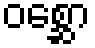
ဝစ္ဆော